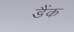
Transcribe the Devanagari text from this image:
डैंक